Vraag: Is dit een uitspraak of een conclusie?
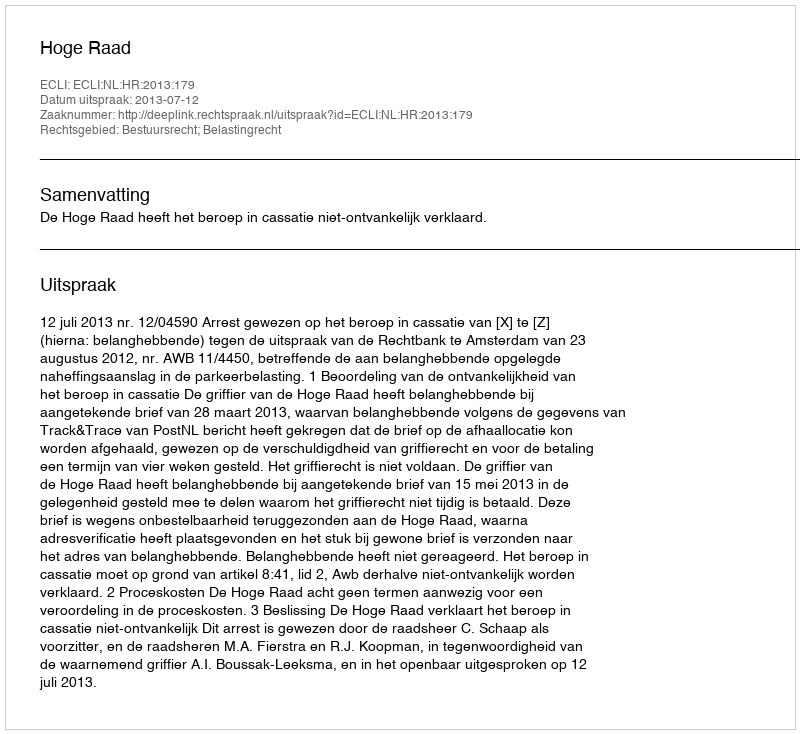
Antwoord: Uitspraak